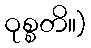
ဝုစ္စတိ။)